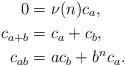
LaTeX: \begin{align*} 0 &= \nu(n) c_a,\\ c_{a+b} &= c_a + c_b, \\ c_{ab} &= ac_b + b^nc_a.\end{align*}